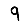
Digit: 9